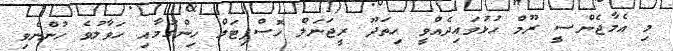
މި އެމާޖެންސީ ރޫމް ހުޅުވައިދެއްވީ ހިތަދޫ ރީޖަނަލް ހޮސްޕިޓަލް ހިންގުމާއި ހަވާލުވެ ހުންނެވި